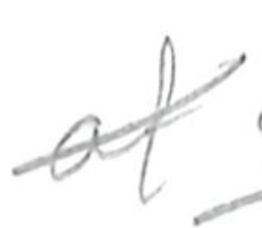
Text: of
Cross-out: diagonal
Writing tool: pencil